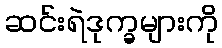
ဆင်းရဲဒုက္ခများကို